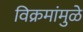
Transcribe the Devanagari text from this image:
विक्रमांमुळे